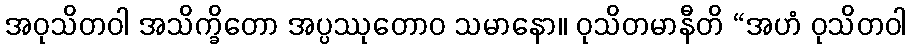
အဝုသိတဝါ အသိက္ခိတော အပ္ပဿုတောဝ သမာနော။ ဝုသိတမာနီတိ “အဟံ ဝုသိတဝါ